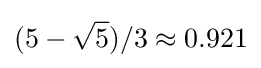
(5-{\sqrt {5}})/3\approx 0.921